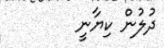
ދުލުން ކިޔާނީ